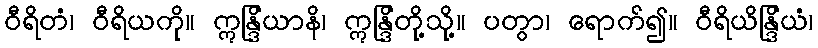
ဝီရိတံ၊ ဝီရိယကို။ ဣန္ဒြိယာနိ၊ ဣန္ဒြိတို့သို့။ ပတွာ၊ ရောက်၍။ ဝီရိယိန္ဒြိယံ၊